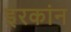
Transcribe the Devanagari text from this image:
इरकांन